Vaccination in Bombay 1863-1868 - 1863-1868
Year: 1863
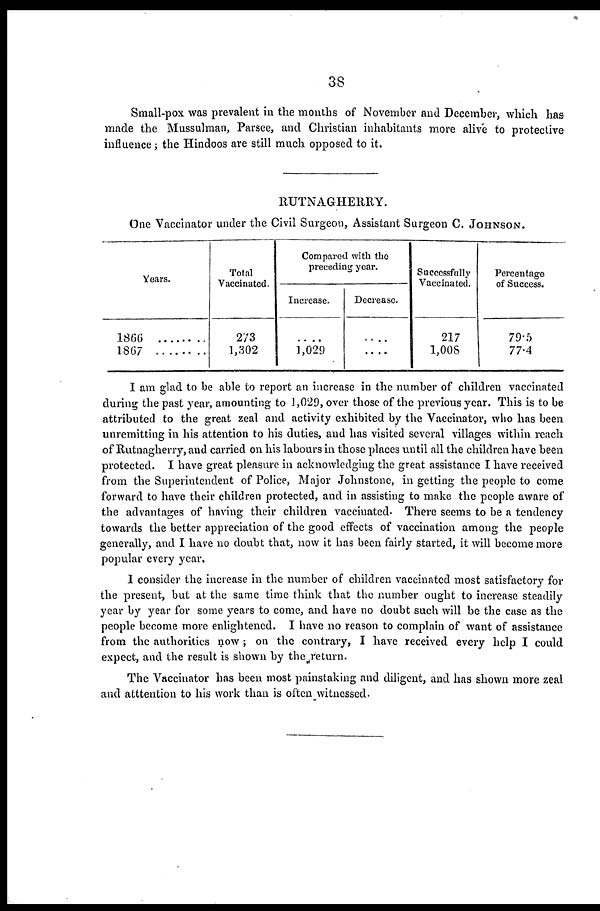
38
Small-pox was prevalent in the months of November and December, which has
made the Mussulman, Parsee, and Christian inhabitants more alive to protective
influence; the Hindoos are still much opposed to it.
RUTNAGHERRY.
One Vaccinator under the Civil Surgeon, Assistant Surgeon C. JOHNSON.
Years.
1866 .........
1867 .........
Total
Vaccinated.
273
1,302
Compared with the
preceding year.
Increase.
....
1,029
Decrease.
....
....
Successfully
Vaccinated.
217
1,008
Percentage
of Success.
79.5
77.4
I am glad to be able to report an increase in the number of children vaccinated
during the past year, amounting to 1,029, over those of the previous year. This is to be
attributed to the great zeal and activity exhibited by the Vaccinator, who has been
unremitting in his attention to his duties, and has visited several villages within reach
of Rutnagherry, and carried on his labours in those places until all the children have been
protected. I have great pleasure in acknowledging the great assistance I have received
from the Superintendent of Police, Major Johnstone, in getting the people to come
forward to have their children protected, and in assisting to make the people aware of
the advantages of having their children vaccinated. There seems to be a tendency
towards the better appreciation of the good effects of vaccination among the people
generally, and I have no doubt that, now it has been fairly started, it will become more
popular every year.
I consider the increase in the number of children vaccinated most satisfactory for
the present, but at the same time think that the number ought to increase steadily
year by year for some years to come, and have no doubt such will be the case as the
people become more enlightened. I have no reason to complain of want of assistance
from the authorities now; on the contrary, I have received every help I could
expect, and the result is shown by the return.
The Vaccinator has been most painstaking and diligent, and has shown more zeal
and atttention to his work than is often witnessed.